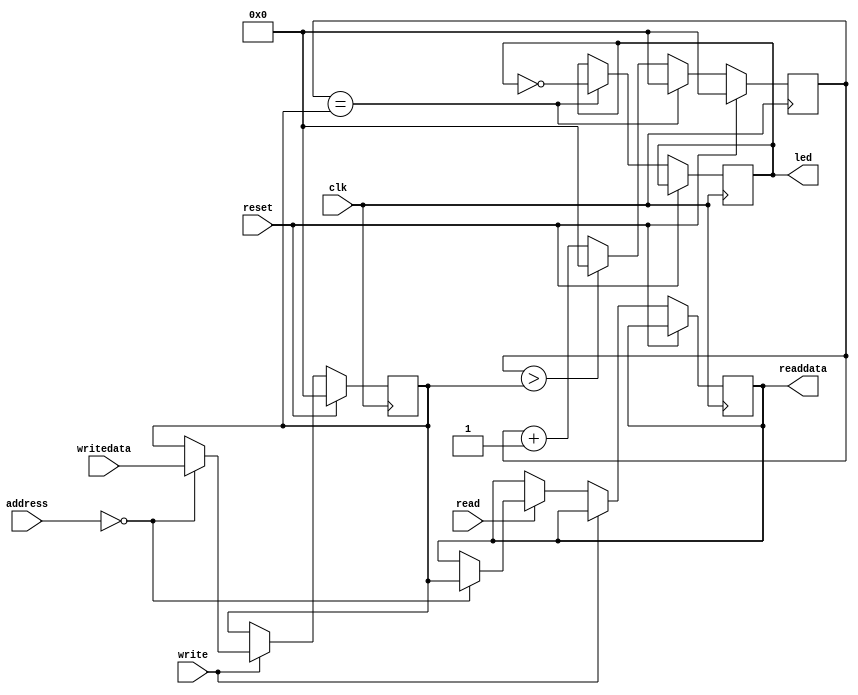
// blinker.v

`timescale 1 ps / 1 ps
module blinker (
		input  wire  clk,   // clock.clk
		input  wire  reset, // reset.reset
		input  wire  [7:0] address,
		output  reg  [31:0] readdata,
		input  wire  read,
		input  wire  [31:0] writedata,
		input  wire  write,
		
		output wire  led   //   led.export
	);

	reg [31:0] counter;
	reg [31:0] divider;
	reg led_state;

	assign led = led_state;
	
	always @(posedge clk)
	begin
		if (reset == 1'b1)
		begin
			divider <= 32'd0;
		end else
		begin
			if(write == 1'b1)
			begin
				case(address)
					8'd0:
					begin
						divider <= writedata;
					end
				endcase
			end
			else if(read == 1'b1)
			begin
				case(address)
					8'd0:
					begin
						readdata <= divider;
					end
				endcase
			end
		end
	end

	always @(posedge clk)
	begin
		if(reset == 1'b1)
		begin
			counter <= 32'd0;
		end else
		begin
			if(counter > divider) 
				counter <= 0;
			else
				counter <= counter + 1;
			if(counter == divider)
			begin
				counter <= 32'd0;
				led_state = ~led_state;
			end
		end
	end

endmodule